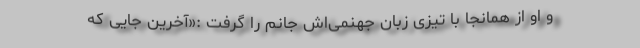
و او از همانجا با تیزی زبان جهنمی‌اش جانم را گرفت :«آخرین جایی که